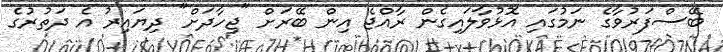
ބޭސްފަރުވާގެ ނަމުގައި އޮޅުވާލައިގެން ރާއްޖެ އިން ބޭރަށް "ޖިހާދަށް" ދިޔައިރު އެ ދަތުރުގެ